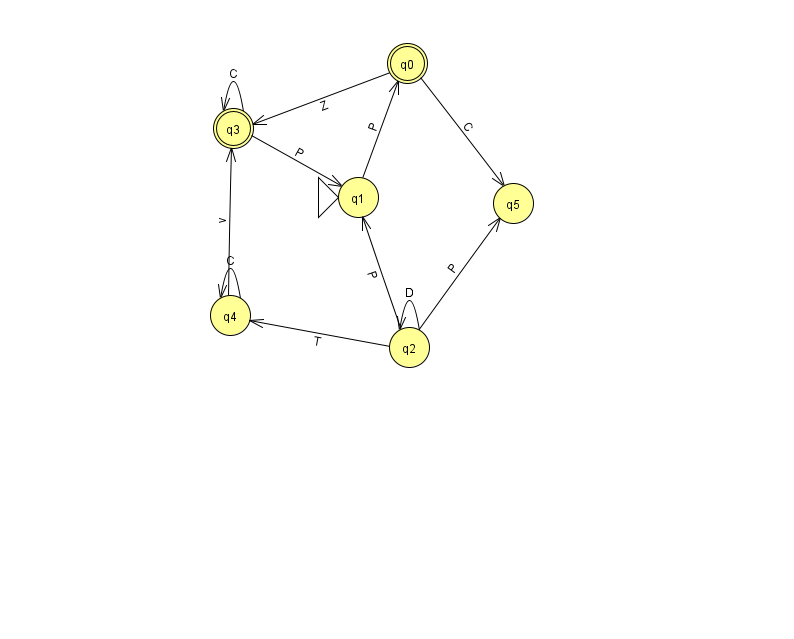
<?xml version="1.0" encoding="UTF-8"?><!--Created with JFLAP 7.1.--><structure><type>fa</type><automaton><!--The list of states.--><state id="0" name="q0"><x>407.0</x><y>50.0</y><final/></state><state id="1" name="q1"><x>358.0</x><y>184.0</y><initial/></state><state id="2" name="q2"><x>409.0</x><y>334.0</y></state><state id="3" name="q3"><x>233.0</x><y>115.0</y><final/></state><state id="4" name="q4"><x>230.0</x><y>302.0</y></state><state id="5" name="q5"><x>513.0</x><y>190.0</y></state><!--The list of transitions.--><transition><from>0</from><to>3</to><read>Z</read></transition><transition><from>2</from><to>4</to><read>T</read></transition><transition><from>4</from><to>3</to><read>v</read></transition><transition><from>2</from><to>5</to><read>P</read></transition><transition><from>3</from><to>3</to><read>C</read></transition><transition><from>4</from><to>4</to><read>C</read></transition><transition><from>2</from><to>2</to><read>D</read></transition><transition><from>3</from><to>1</to><read>P</read></transition><transition><from>2</from><to>1</to><read>P</read></transition><transition><from>0</from><to>5</to><read>C</read></transition><transition><from>1</from><to>0</to><read>P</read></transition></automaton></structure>